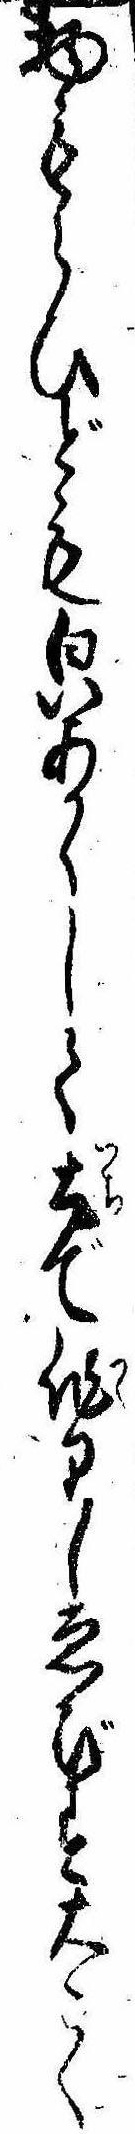
物もらひども㒵あかくして土で作りしゑびす大こく